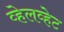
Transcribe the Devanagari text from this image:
व्हेलव्हेट